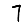
Digit: 7